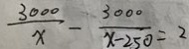
\frac { 3 0 0 0 } { x } - \frac { 3 0 0 0 } { x - 2 5 0 } = 2